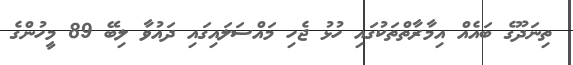
ތިނަދޫގެ ބައެއް އިމާރާތްތަކުގައި ހުޅު ޖެހި މައްސަލައިގައި ދައުވާ ލިބޭ 89 މީހުންގެ